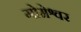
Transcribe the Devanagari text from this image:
गोमेश्वर